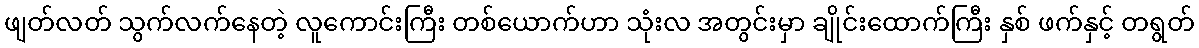
ဖျတ်လတ် သွက်လက်နေတဲ့ လူကောင်းကြီး တစ်ယောက်ဟာ သုံးလ အတွင်းမှာ ချိုင်းထောက်ကြီး နှစ် ဖက်နှင့် တရွတ်